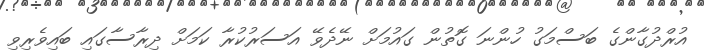
އުރްދުގާންގެ ބަސްމަގު ހުންނަ ގޮތުން ގައުމަށް ނޭދެވޭ އަސަރުކުރާ ކަމަށް ދިރާސާގައި ބައިވެރިވި